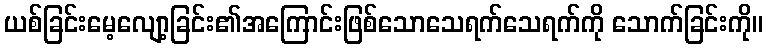
ယစ်ခြင်းမေ့လျော့ခြင်း၏အကြောင်းဖြစ်သောသေရက်သေရက်ကို သောက်ခြင်းကို။